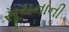
સૂચનાની